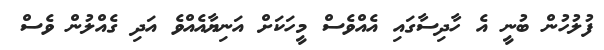
ފުލުހުން ބުނީ އެ ހާދިސާގައި އެއްވެސް މީހަކަށް އަނިޔާއެއްވެ އަދި ގެއްލުން ވެސް